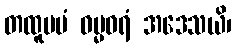
တထူပမံ ဓမ္မဝရံ အဒေသယိ၊